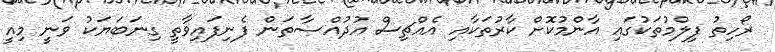
ރޯހިތު ފިލްމުތަކުގައި އާންމުކޮށް ކާރުތަކާއި އެއްޗިސް އުދުއްސާތަން ފެނިފައިވާތީ ގިނަބަޔަކު ވަނީ މިއީ